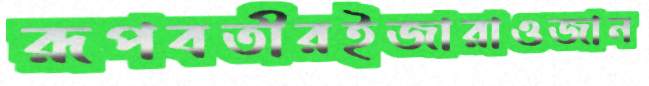
রূপবতীরইজারাওজান